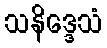
သနိဒ္ဒေသံ